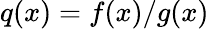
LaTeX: q(x)=f(x)/g(x)